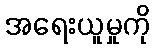
အရေးယူမှုကို